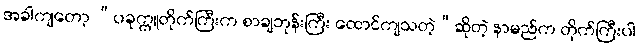
အခါကျတော့ “ပခုက္ကူတိုက်ကြီးက စာချဘုန်းကြီး ထောင်ကျသတဲ့”ဆိုတဲ့ နာမည်က တိုက်ကြီးပါ